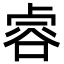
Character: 䜭